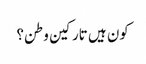
کون ہیں تارکین وطن؟